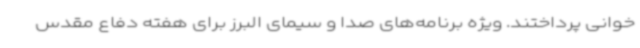
خوانی پرداختند. ویژه برنامه‌های صدا و سیمای البرز برای هفته دفاع مقدس